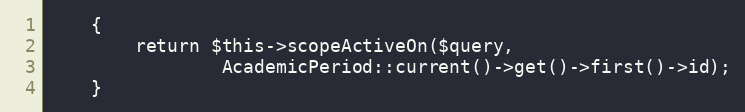
Language: PHP
    {
        return $this->scopeActiveOn($query,
                AcademicPeriod::current()->get()->first()->id);
    }